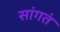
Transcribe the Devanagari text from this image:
सांगतं